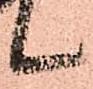
候